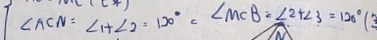
\angle A C N = \angle 1 + \angle 2 = 1 2 0 ^ { \circ } = \angle M C B = \angle 2 + \angle 3 = 1 2 0 ^ { \circ } (